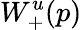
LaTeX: W_{+}^{u}(p)